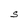
Character: S